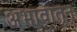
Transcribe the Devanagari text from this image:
अभावातून